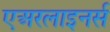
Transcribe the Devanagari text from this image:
एअरलाइनर्स